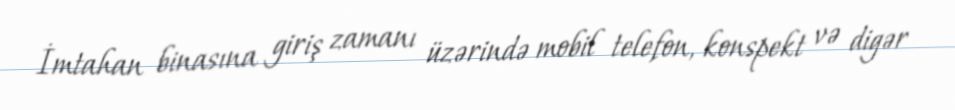
İmtahan binasına giriş zamanı üzərində mobil telefon, konspekt və digər